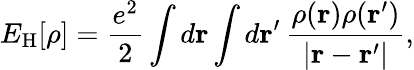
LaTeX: E_{\mathrm{H}}[\rho]={\frac{e^{2}}{2}}\int d\mathbf{r}\int d\mathbf{r}^{\prime}\, {\frac{\rho(\mathbf{r})\rho(\mathbf{r}^{\prime})}{|\mathbf{r}-\mathbf{r}^{\prime}|}},